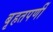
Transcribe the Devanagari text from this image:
बृहतपर्णी